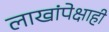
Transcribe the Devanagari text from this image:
लाखांपेक्षाही